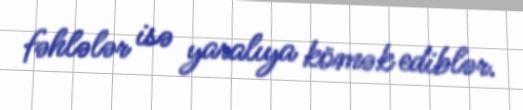
fəhlələr isə yaralıya kömək ediblər.